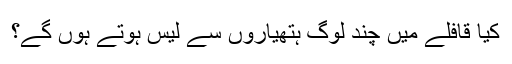
کیا قافلے میں چند لوگ ہتھیاروں سے لیس ہوتے ہوں گے؟